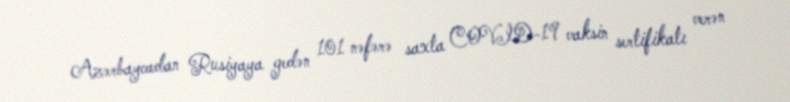
Azərbaycadan Rusiyaya gedən 101 nəfərə saxta COVID-19 vaksin sertifikatı verən